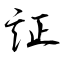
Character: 証